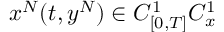
x ^ { N } ( t , y ^ { N } ) \in C _ { [ 0 , T ] } ^ { 1 } C _ { x } ^ { 1 }